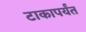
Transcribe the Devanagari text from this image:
टाकापर्यंत